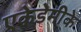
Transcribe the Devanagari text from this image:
एकेडेमीके